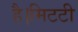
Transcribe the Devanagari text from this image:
है।मिटटी